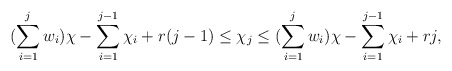
\begin{align*} (\sum\limits_{i=1}^j w_i)\chi - \sum\limits_{i=1}^{j-1}\chi_i + r(j-1) \leq \chi_j \leq (\sum\limits_{i=1}^j w_i)\chi - \sum\limits_{i=1}^{j-1}\chi_i + rj, \end{align*}